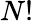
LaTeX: N!